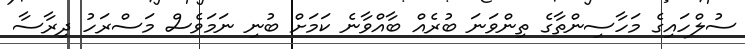
ސުލްހައިގެ މަހާސިންތާގެ ތިންވަނަ ބުރެއް ބާއްވާނެ ކަމަށް ބުނި ނަމަވެސް މަސްރަހު ދިރާސާ